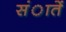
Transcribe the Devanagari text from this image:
संातें